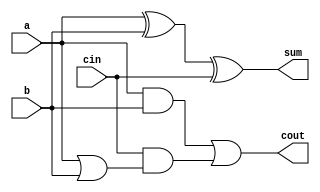
module oneBit_fullAdder(input a, input b, input cin, output sum, output cout);
    assign sum= a^b^cin; //adding input bits and carry input
    assign cout = a&b | (cin & (a|b)); //for carry out when any two of a,b,cin are one
endmodule